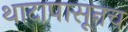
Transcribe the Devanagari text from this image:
थाटापासूनच